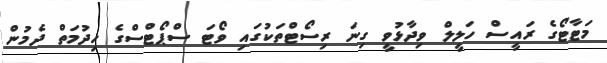
މަޓާޓޯގެ ރައީސް ހަލީލް ވިދާޅުވީ ގިނަ ރިސޯޓްތަކުގައި ވޯޓަ ސްޕޯޓްސްގެ ހިދުމަތް ދެމުން